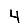
Digit: 4